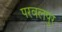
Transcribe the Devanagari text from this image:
परवलपुर